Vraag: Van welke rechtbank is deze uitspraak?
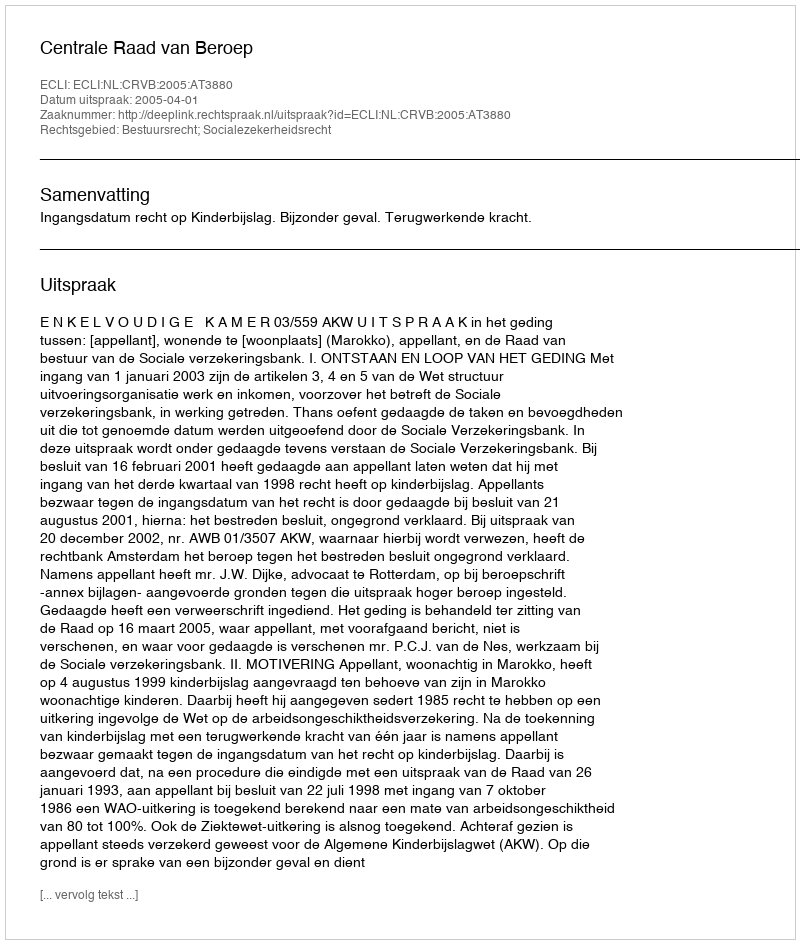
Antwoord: Centrale Raad van Beroep